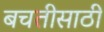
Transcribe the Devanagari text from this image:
बचतीसाठी